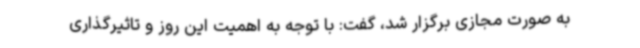
به صورت مجازی برگزار شد، گفت: با توجه به اهمیت این روز و تاثیرگذاری